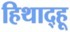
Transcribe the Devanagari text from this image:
हिथाद्हू